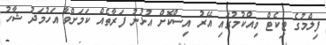
ފިލްމުގެ ޓިކެޓް ވިއްކުމުގައި އޭރު އިސްކޮށް އުޅުނު ފަރާތެއް ކަމަށްވާ އަހުމަދު ޝާހު